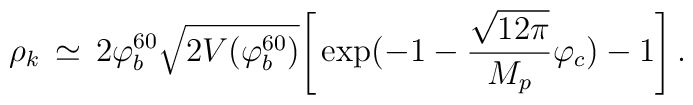
\rho_{k} \, \simeq \, 2\varphi_{b}^{60}\sqrt{2V(\varphi_{b}^{60})} \Biggr[\exp(-1 - \frac{\sqrt{12 \pi}}{M_{p}}\varphi_{c})- 1\Biggr] \, .